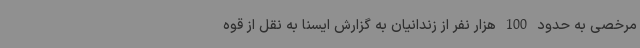
مرخصی به حدود 100 هزار نفر از زندانیان به گزارش ایسنا به نقل از قوه